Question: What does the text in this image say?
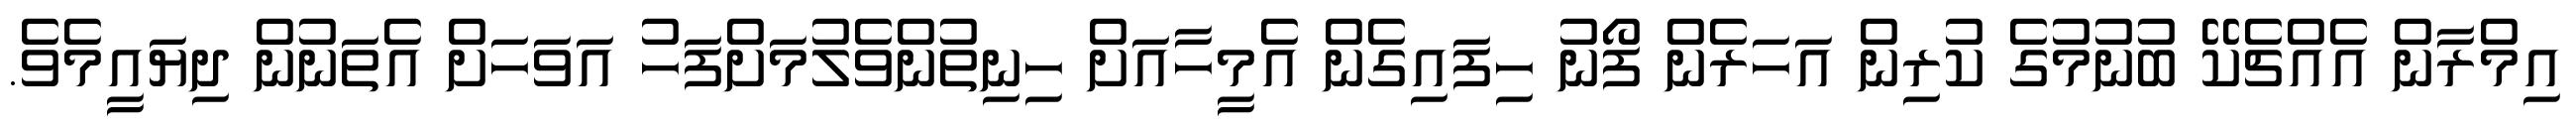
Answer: އިމްރާން އެއްޗެކޭ ބުނުމުގެ ކުރިން އަހަރެން ފޯނު ހިފައިގެން އެމީހާއަށް ހިނިތުންވެލުމަށްފަހު އަވަހަށް އެތަނުން ދިޔައީމެވެ.